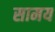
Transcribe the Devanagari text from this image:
सामय